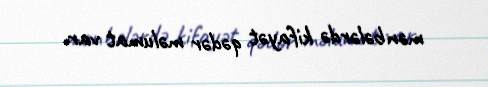
mənbələrdə kifayət qədər məlumat var.